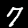
Label: 7